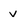
Character: v